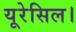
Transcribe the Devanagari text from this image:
यूरेसिल।